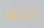
ابله